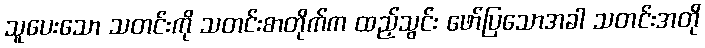
သူပေးသော သတင်းကို သတင်းစာတိုက်က ထည့်သွင်း ဖော်ပြသောအခါ သတင်းအတို